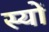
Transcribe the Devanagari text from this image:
स्यों